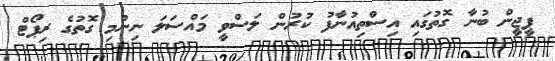
ޕީޖީން ބުނާ ގޮތުގައި އިސްތިއުނާފު ކުރުން ލަސްވީ މައްސަލަ ނިންމި ގޮތުގެ ރިޕޯޓް